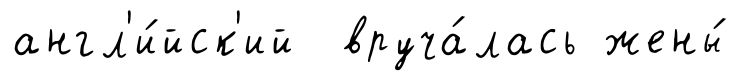
англ'и́йск'ий вруча́лась жены́